Lunatic asylums United Provinces 1899-1908 - 1899-1908
Year: 1899
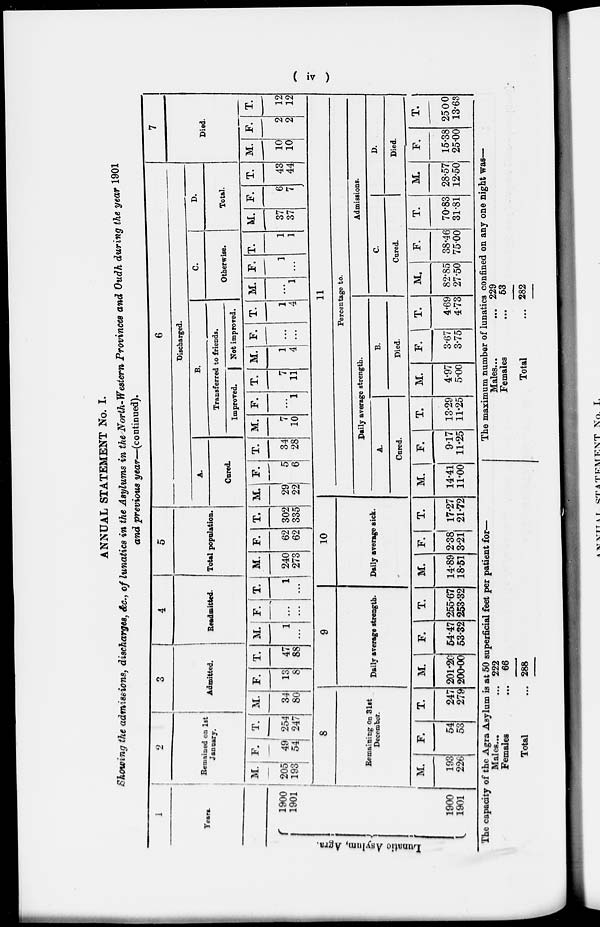
( iv )
ANNUAL STATEMENT No. I.
Showing the admissions, discharges, &c., of lunatics in the Asylums in the North-Western Provinces and Oudh during the year 1901
and previous year—(continued).
1
Years.
Lunatic Asylum, Agra.
1900
1901
1900
1901
2
Remained on 1st
January.
M.
205
193
F.
49
54
T.
254
247
3
Admitted.
M.
34
80
8
Remaining on 31st
December.
M.
193
226
F.
54
53
T.
247
279
F.
13
8
T.
47
88
4
Readmitted.
M.
1
...
F.
...
...
T
1
...
9
Daily average strength.
M.
201.20
200.00
F.
54.47
53.32
T.
255.67
253.32
5
Total population.
M.
240
273
F.
62
62
T.
302
335
6
Discharged.
A.
Cured.
M.
29
22
10
Daily average sick.
M.
14.89
18.51
F.
2.38
3.21
T.
17.27
21.72
F.
5
6
T.
34
28
B.
Transferred to friends.
Improved.
M.
7
10
F.
...
1
T.
7
11
Not improved.
M.
1
4
F.
...
...
T.
1
4
C.
Otherwise.
M.
...
1
F.
1
...
T.
1
1
D.
Total.
M.
37
37
F.
6
7
T.
43
44
7
Died.
M.
10
10
F.
2
2
T.
12
12
11
Percentage to.
Daily average strength.
A.
Cured.
M.
14.41
11.00
F.
9.17
11.25
T.
13.29
11.25
B.
Died.
M.
4.97
5.00
F.
3.67
3.75
T.
4.69
4.73
Admissions.
C.
Cured.
M.
82.85
27.50
F.
38.46
75.00
T.
70.83
31.81
D.
Died.
M.
28.57
12.50
F.
15.38
25.00
T.
2500
13.63
The capacity of the Agra Asylum is at 50 superficial feet per patient for—
Males... ...
Females ...
Total ...
222
66
288
The maximum number of lunatics confined on any one night was—
Males...
...
Females ...
Total ...
229
53
282